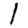
Digit: 1